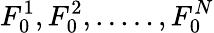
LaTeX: F_{0}^{1},F_{0}^{2},.....,F_{0}^{N}